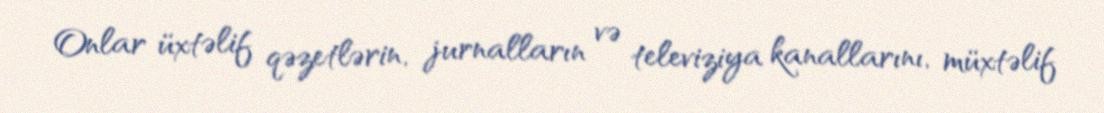
Onlar üxtəlif qəzetlərin, jurnalların və televiziya kanallarını, müxtəlif